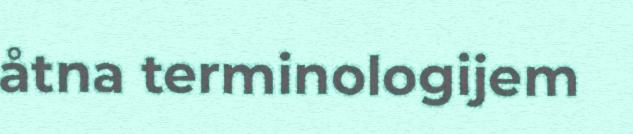
åtna terminologijem